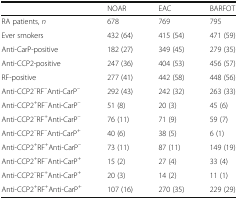
<table><thead><tr><td></td><td><b>NOAR</b></td><td><b>EAC</b></td><td><b>BARFOT</b></td></tr></thead><tbody><tr><td>RA patients, <i>n</i></td><td>678</td><td>769</td><td>795</td></tr><tr><td>Ever smokers</td><td>432 (64)</td><td>415 (54)</td><td>471 (59)</td></tr><tr><td>Anti-CarP-positive</td><td>182 (27)</td><td>349 (45)</td><td>279 (35)</td></tr><tr><td>Anti-CCP2-positive</td><td>247 (36)</td><td>404 (53)</td><td>456 (57)</td></tr><tr><td>RF-positive</td><td>277 (41)</td><td>442 (58)</td><td>448 (56)</td></tr><tr><td>Anti-CCP2<sup>–</sup>RF<sup>–</sup>Anti-CarP<sup>–</sup></td><td>292 (43)</td><td>242 (32)</td><td>263 (33)</td></tr><tr><td>Anti-CCP2<sup>+</sup>RF<sup>–</sup>Anti-CarP<sup>–</sup></td><td>51 (8)</td><td>20 (3)</td><td>45 (6)</td></tr><tr><td>Anti-CCP2<sup>–</sup>RF<sup>+</sup>Anti-CarP<sup>–</sup></td><td>76 (11)</td><td>71 (9)</td><td>59 (7)</td></tr><tr><td>Anti-CCP2<sup>–</sup>RF<sup>–</sup>Anti-CarP<sup>+</sup></td><td>40 (6)</td><td>38 (5)</td><td>6 (1)</td></tr><tr><td>Anti-CCP2<sup>+</sup>RF<sup>+</sup>Anti-CarP<sup>–</sup></td><td>73 (11)</td><td>87 (11)</td><td>149 (19)</td></tr><tr><td>Anti-CCP2<sup>+</sup>RF<sup>–</sup>Anti-CarP<sup>+</sup></td><td>15 (2)</td><td>27 (4)</td><td>33 (4)</td></tr><tr><td>Anti-CCP2<sup>–</sup>RF<sup>+</sup>Anti-CarP<sup>+</sup></td><td>20 (3)</td><td>14 (2)</td><td>11 (1)</td></tr><tr><td>Anti-CCP2<sup>+</sup>RF<sup>+</sup>Anti-CarP<sup>+</sup></td><td>107 (16)</td><td>270 (35)</td><td>229 (29)</td></tr></tbody></table>